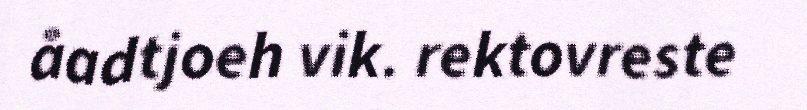
åadtjoeh vik. rektovreste